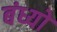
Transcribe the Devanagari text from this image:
बंध्यो